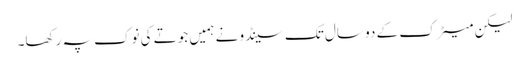
لیکن میٹرک کے دو سال تک سینڈو نے ہمیں جوتے کی نوک پہ رکھا۔